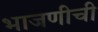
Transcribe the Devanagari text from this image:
भाजणीची